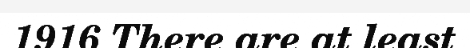
1916 There are at least